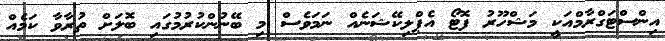
އިންސްޓަގްރާމްއަކީ މަޝްހޫރު ފޮޓޯ އެޕްލިކޭޝަނެއް ނަމަވެސް މި ބޭނުންކުރުމުގައި ބޮލަށް ތުރާވާ ކަމެއް